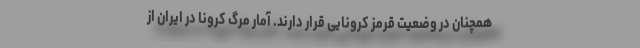
همچنان در وضعیت قرمز کرونایی قرار دارند. آمار مرگ کرونا در ایران از